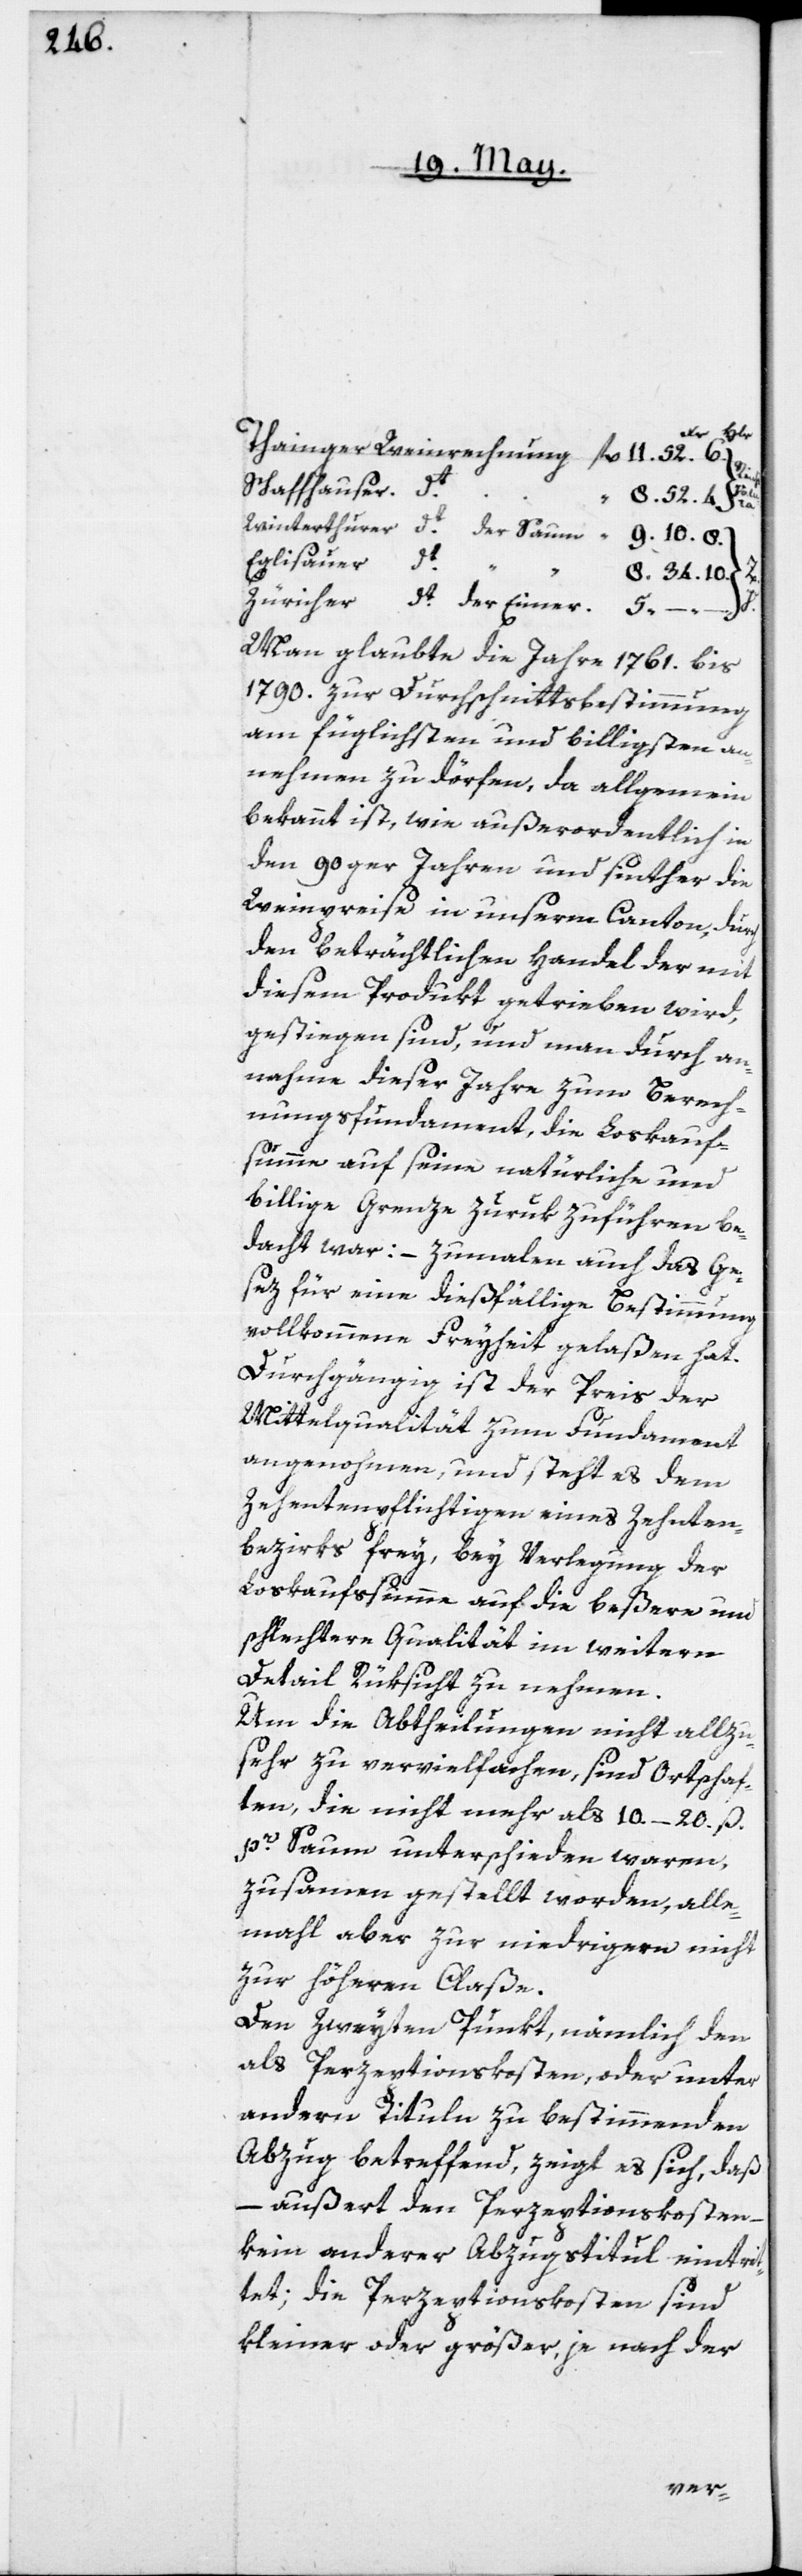
der Eimer.
Schaffhauser
Eglisauer
34.
5.
Man glaubte, die Jahre 1761. bis
1790. zur Durchschnittsbestimmung
am füglichsten und billigsten an¬
nehmen zu dörfen, da allgemein
bekannt ist, wie außerordentlich in
den 90ger Jahren und seither die
Weinpreise in unserm Canton, durch
den beträchtlichen Handel der mit
diesem Produkt getrieben wird,
gestiegen sind, und man durch an¬
nahme dieser Jahre zum Berech¬
nungsfundament, die Loskauf¬
summe auf seine natürliche und
billige Grenze zurükzuführen be¬
dacht war, – zumalen auch das Ge¬
sez für eine dießfällige Bestimmung
vollkommene Freyheit gelaßen hat.
Durchgängig ist der Preis der
Mittelqualität zum Fundament
angenohmen, und steht es dem
Zehentenpflichtigen eines Zehenten¬
bezirks frey, bey Verlegung der
Loskaufssumme auf die beßere und
schlechtere Qualität im weitern
Detail Rüksicht zu nehmen.
Um die Abtheilungen nicht allzu¬
sehr zu vervielfachen, sind Ortschaf¬
ten, die nicht mehr als 10–20. ß.
pr Saum unterschieden waren,
zusammen gestellt worden, alle¬
mahl aber zur niedrigern nicht
zur höheren Claße.
Den zweyten Punkt, nämlich den
als Perzeptionskosten, oder unter
andern Tituln zu bestimmenden
Abzug betreffend, zeigt es sich, daß
außert den Perzeptionskosten
kein anderer Abzugstitul eintrit¬
tet, die Perzeptionskosten sind
kleiner oder größer, je nach der